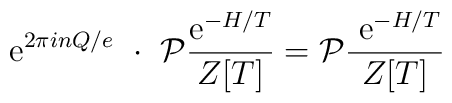
{\rm ~e}^{2\pi i nQ/e}~\cdot~{\cal P}\frac{ {\rm e}^{-H/T} }{Z[T]} ={\cal P}\frac{ {\rm ~e}^{-H/T} }{Z[T]}